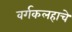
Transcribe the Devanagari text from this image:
वर्गकलहाचे